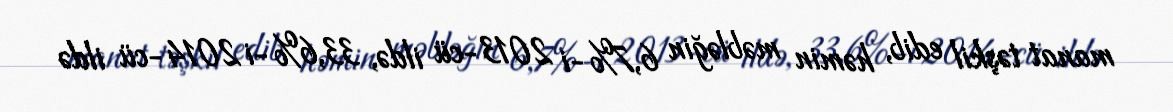
manat təşkil edib, həmin məbləğin 6,7%-i 2013-cü ildə, 33,6%-i 2014-cü ildə